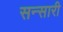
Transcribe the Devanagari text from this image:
सन्सारी